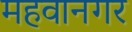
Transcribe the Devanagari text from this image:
महवानगर